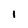
Character: 1